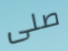
صلى